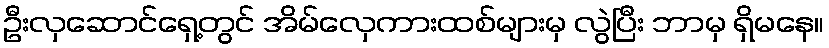
ဦးလှဆောင်ရှေ့တွင် အိမ်လှေကားထစ်များမှ လွဲပြီး ဘာမှ ရှိမနေ။